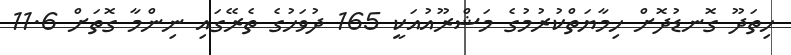
ހިތަދޫ ގޮނޑުދޮށް ހިމާޔަތްކުރުމުގެ މަޝްރޫއުއަކީ 165 ދުވަހުގެ ތެރޭގައި ނިންމާ ގޮތަށް 11.6